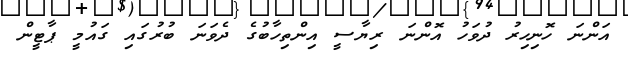
އަންނަ ހޮނިހިރު ދުވަހު އޮންނަ ރިޔާސީ އިންތިހާބުގެ ދެވަނަ ބުރުގައި ގައުމީ ޕާޓީން